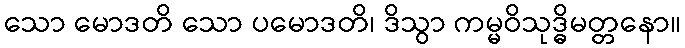
သော မောဒတိ သော ပမောဒတိ၊ ဒိသွာ ကမ္မဝိသုဒ္ဓိမတ္တနော။